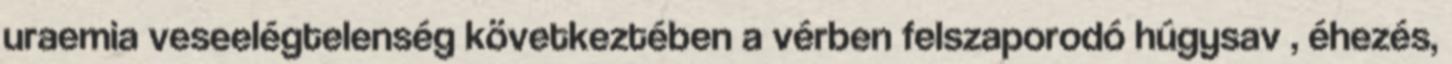
uraemia veseelégtelenség következtében a vérben felszaporodó húgysav , éhezés,